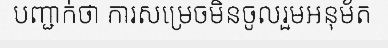
បញ្ជាក់ថា ការសម្រេចមិនចូលរួមអនុម័ត